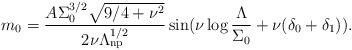
LaTeX: \begin{align*}m_0=\frac{A\Sigma_0^{3/2}\sqrt{9/4+\nu^2}}{2\nu\Lambda^{1/2}_{\rm np}}\sin(\nu\log\frac{\Lambda}{\Sigma_0}+\nu(\delta_0+\delta_1)).\end{align*}